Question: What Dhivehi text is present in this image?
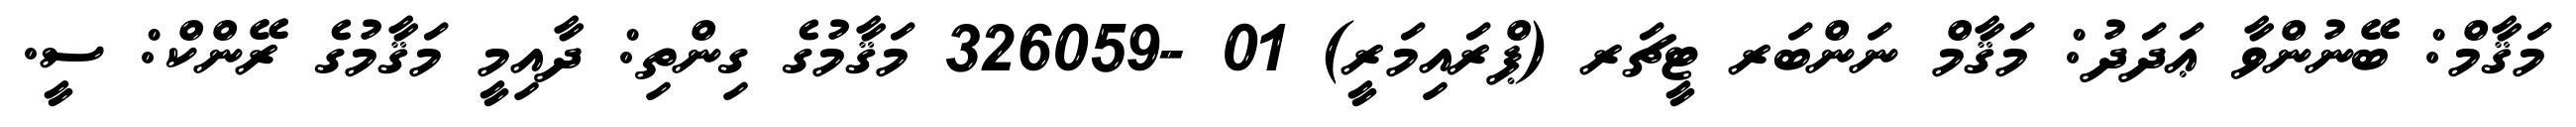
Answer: މަޤާމް: ބޭނުންވާ ޢަދަދު: މަޤާމް ނަންބަރ ޓީޗަރ (ޕްރައިމަރީ) 01 -326059 މަޤާމުގެ ގިންތި: ދާއިމީ މަޤާމުގެ ރޭންކް: ސީ.